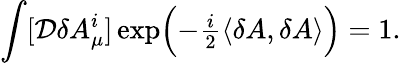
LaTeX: \int[{\cal D}\delta A_{\mu}^{i}]\exp\Bigl(-{\textstyle\frac{i}{2}}\langle\delta A,\delta A\rangle\Bigr)=1.